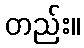
တည်း။